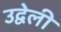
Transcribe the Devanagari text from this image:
उद्वेली